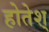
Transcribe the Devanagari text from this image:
होतेश्